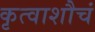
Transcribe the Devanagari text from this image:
कृत्वाशौचं